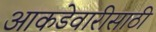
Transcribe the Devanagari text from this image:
आकडेवारीसाठी